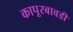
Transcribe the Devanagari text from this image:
कापूरबावडी